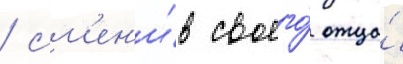
/ см'ен'и́в своего́ отца́